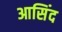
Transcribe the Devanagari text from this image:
आसिंद